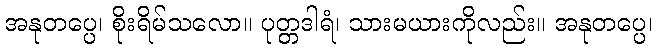
အနုတပ္ပေ၊ စိုးရိမ်သလော။ ပုတ္တဒါရံ၊ သားမယားကိုလည်း။ အနုတပ္ပေ၊